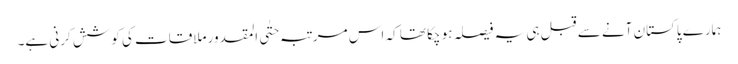
ہمارے پاکستان آنے سے قبل ہی یہ فیصلہ ہو چکا تھا کہ اس مرتبہ حتٰی المقدور ملاقات کی کوشش کرنی ہے۔